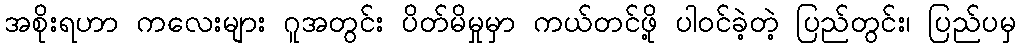
အစိုးရဟာ ကလေးများ ဂူအတွင်း ပိတ်မိမှုမှာ ကယ်တင်ဖို့ ပါဝင်ခဲ့တဲ့ ပြည်တွင်း၊ ပြည်ပမှ